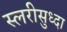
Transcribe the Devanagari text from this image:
स्लरीसुध्दा